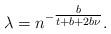
LaTeX: \begin{align*}\lambda = n^{-\tfrac{b}{t+b +2b\nu}}.\end{align*}